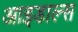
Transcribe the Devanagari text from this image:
आइडाल्स